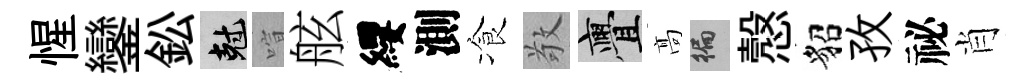
惺鑾鈆剋喧舷纓測飡敬亹髙徧慤貂孜祕肖